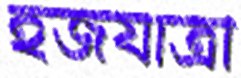
হজযাত্রী